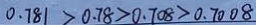
0 . 7 8 1 > 0 . 7 8 > 0 . 7 0 8 > 0 . 7 0 0 8